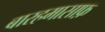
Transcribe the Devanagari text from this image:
बारहमासाफ़